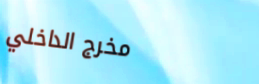
مخرج الداخلي